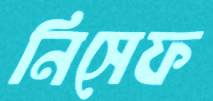
নিসেফ